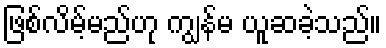
ဖြစ်လိမ့်မည်ဟု ကျွန်မ ယူဆခဲ့သည်။